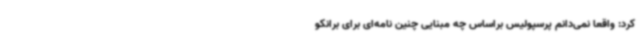
کرد: واقعا نمی‌دانم پرسپولیس براساس چه مبنایی چنین نامه‌ای برای برانکو